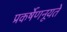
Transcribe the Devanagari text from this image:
प्रकर्षेणनूयते